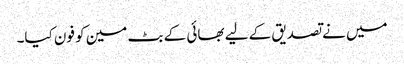
میں نے تصدیق کے لیے بھائی کے بٹ مین کو فون کیا۔